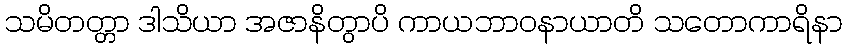
သမိတတ္တာ ဒါသိယာ အဇာနိတွာပိ ကာယဘာဝနာယာတိ သတောကာရိနာ